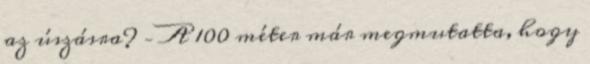
az úszásra? – A 100 méter már megmutatta, hogy